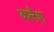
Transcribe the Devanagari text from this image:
कलैश